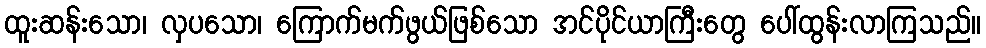
ထူးဆန်းသော၊ လှပသော၊ ကြောက်မက်ဖွယ်ဖြစ်သော အင်ပိုင်ယာကြီးတွေ ပေါ်ထွန်းလာကြသည်။